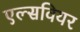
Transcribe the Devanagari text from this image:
एल्सवियर